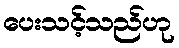
ပေးသင့်သည်ဟု